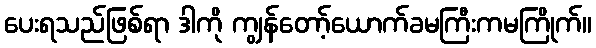
ပေးရသည်ဖြစ်ရာ ဒါကို ကျွန်တော့်ယောက်ခမကြီးကမကြိုက်။